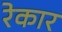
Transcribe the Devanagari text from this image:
रेकार